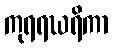
ကုရရဃရိကာ